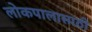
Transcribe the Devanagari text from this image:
लोकपालासाठी